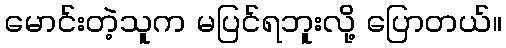
မောင်းတဲ့သူက မပြင်ရဘူးလို့ ပြောတယ်။